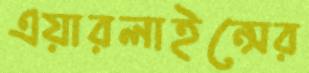
এয়ারলাইন্সের